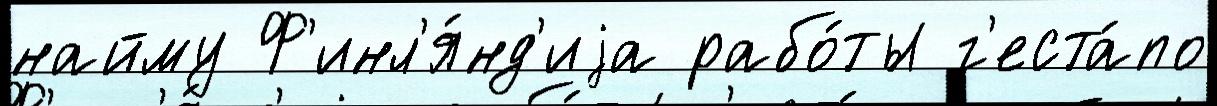
найму Ф'инл'я́нд'иjа рабо́ты г'еста́по